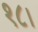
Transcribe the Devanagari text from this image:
१८।